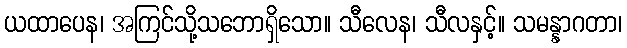
ယထာပေန၊ အကြင်သို့သဘောရှိသော။ သီလေန၊ သီလနှင့်။ သမန္နာဂတာ၊